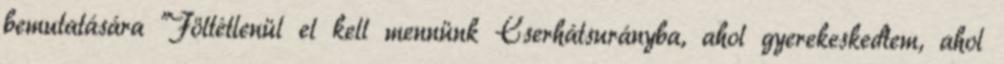
bemutatására "Föltétlenül el kell mennünk Cserhátsurányba, ahol gyerekeskedtem, ahol